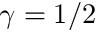
\gamma = 1 / 2